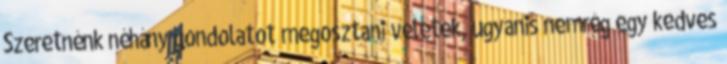
Szeretnénk néhány gondolatot megosztani veletek, ugyanis nemrég egy kedves